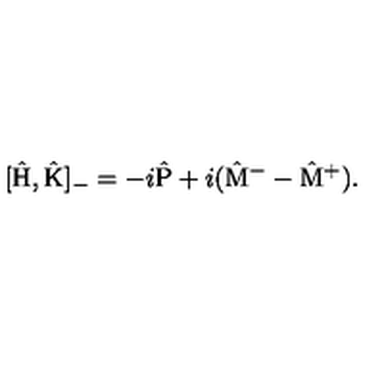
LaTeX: [ \hat { \mathrm { H } } , \hat { \mathrm { K } } ] _ { - } = - i \hat { \mathrm { P } } + i ( \hat { \mathrm { M } } ^ { - } - \hat { \mathrm { M } } ^ { + } ) .